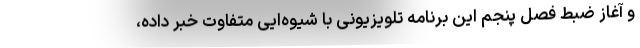
و آغاز ضبط فصل پنجم این برنامه تلویزیونی با شیو‌ه‌ایی متفاوت خبر داده،